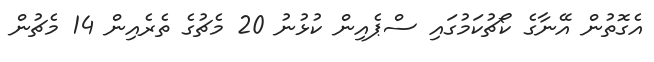
އެގޮތުން އޭނާގެ ކޯޗުކަމުގައި ސްޕެއިން ކުޅުނު 20 މެޗުގެ ތެރެއިން 14 މެޗުން